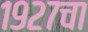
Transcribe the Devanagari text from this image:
१९२७चा